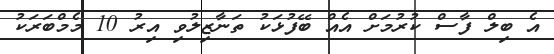
އެ ބިލް ފާސް ކުރުމަށް އެއް ބޭފުޅަކު ތަނާޒިލުވި އިރު 10 މެމްބަރަކު